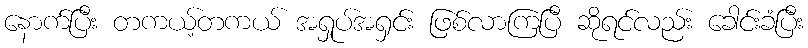
နောက်ပြီး တကယ့်တကယ် အရှုပ်အရှင်း ဖြစ်လာကြပြီ ဆိုရင်လည်း ခေါင်းခံပြီး